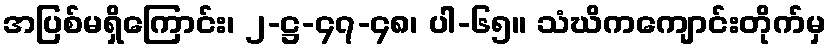
အပြစ်မရှိကြောင်း၊ ၂-ဋ္ဌ-၄၇-၄၈၊ ပါ-၆၅။ သံဃိကကျောင်းတိုက်မှ